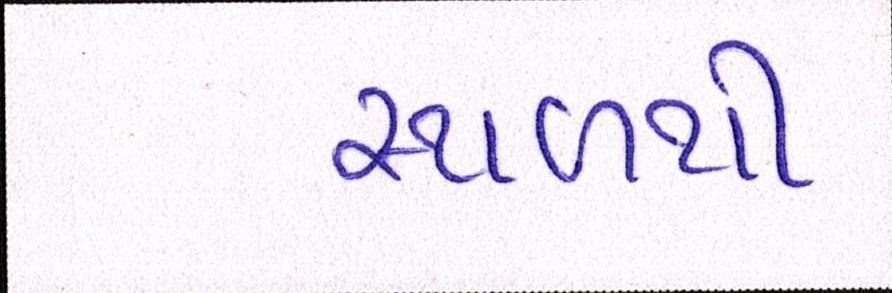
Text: સ્થળથી